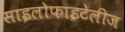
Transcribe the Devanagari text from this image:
साइलोफाइटेलीज